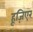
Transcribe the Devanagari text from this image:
हूज़िएर